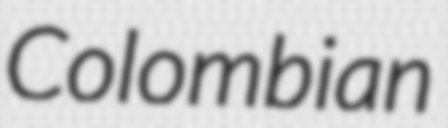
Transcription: Colombian